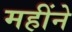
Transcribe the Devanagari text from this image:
महींने